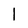
Character: 1